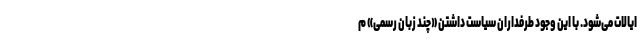
ایالات می‌شود. با این وجود طرفداران سیاست داشتن «چند زبان رسمی» م